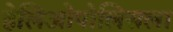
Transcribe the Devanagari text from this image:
हेलिओपोलिसला